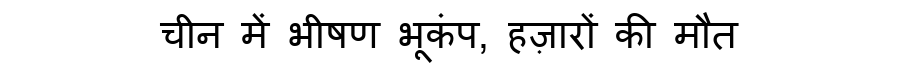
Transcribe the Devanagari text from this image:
चीन में भीषण भूकंप, हज़ारों की मौत